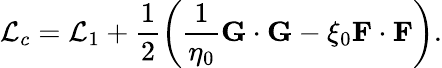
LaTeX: \mathcal{L}_{c}=\mathcal{L}_{1}+\frac{1}{2}\left(\frac{1}{\eta_{0}}\mathbf{G}\cdot\mathbf{G}-\xi_{0}\mathbf{F}\cdot\mathbf{F}\right).